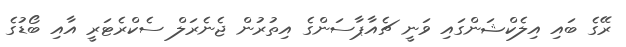
ރޭގެ ބައި އިލެކްޝަންގައި ވަނީ ޗެއާޕާސަންގެ އިތުރުން ޖެނެރަލް ސެކްރެޓަރީ އާއި ބޯޑުގެ